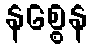
နစ္စေန